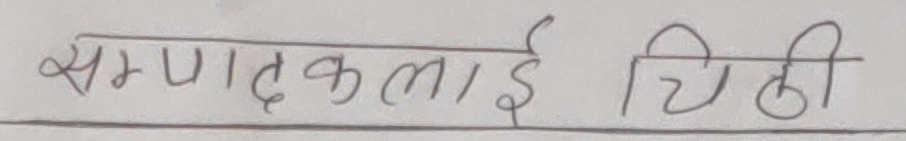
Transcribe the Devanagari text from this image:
सम्पादकलाई चिठी